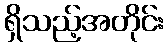
ရှိသည့်အတိုင်း